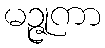
မဉ္ဇုကာ